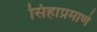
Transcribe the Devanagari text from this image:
सिंहाप्रमाणे